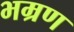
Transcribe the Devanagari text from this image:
भम्रण